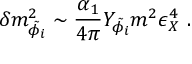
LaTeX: \delta m _ { \tilde { \phi _ { i } } } ^ { 2 } \sim \frac { \alpha _ { 1 } } { 4 \pi } Y _ { \tilde { \phi _ { i } } } m ^ { 2 } \epsilon _ { X } ^ { 4 } ~ .